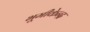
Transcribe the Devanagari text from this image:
भूमीकेन्द्र